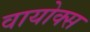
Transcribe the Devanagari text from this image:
वायोक्स